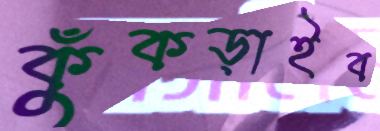
কুঁকড়াইব